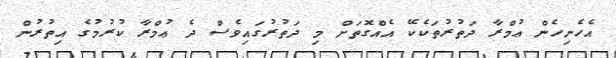
އެހެނިހެން ޢުމްރާ ދަތުރުތަކެކޭ އެއްގޮތަށް މި ދަތުރުގައިވެސް ދެ ޢުމްރާ ކުރުމުގެ އިތުރުން